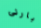
بارنى